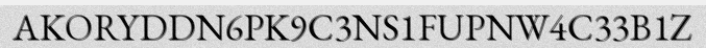
AKORYDDN6PK9C3NS1FUPNW4C33B1Z